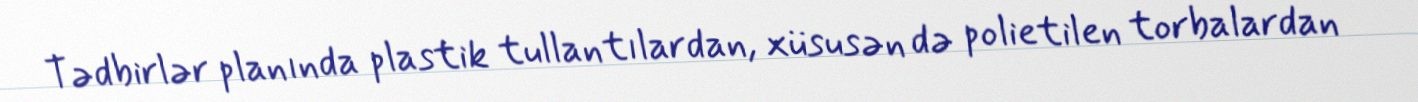
Tədbirlər planında plastik tullantılardan, xüsusən də polietilen torbalardan